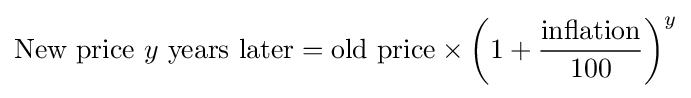
{\hbox{New price }}y{\hbox{ years later}}={\hbox{old price}}\times \left(1+{\frac {\hbox{inflation}}{100}}\right)^{y}